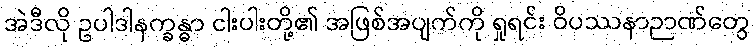
အဲဒီလို ဥပါဒါနက္ခန္ဓာ ငါးပါးတို့၏ အဖြစ်အပျက်ကို ရှုရင်း ဝိပဿနာဉာဏ်တွေ